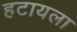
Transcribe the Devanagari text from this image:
हटायला